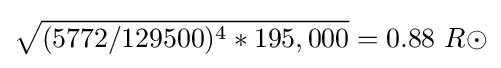
{\sqrt {(5772/129500)^{4}*195,000}}=0.88\ R\odot